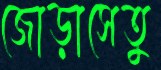
জোড়াসেতু